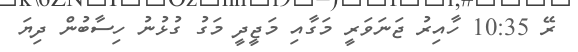
ރޭ 10:35 ހާއިރު ޖަނަވަރީ މަގާއި މަޖީދީ މަގު ގުޅުނު ހިސާބުން ދިޔަ